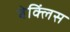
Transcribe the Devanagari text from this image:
बेक्लिंस